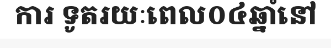
ការ ទូតរយៈពេល០៤ឆ្នាំនៅ